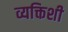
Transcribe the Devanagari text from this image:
व्यक्तिशी